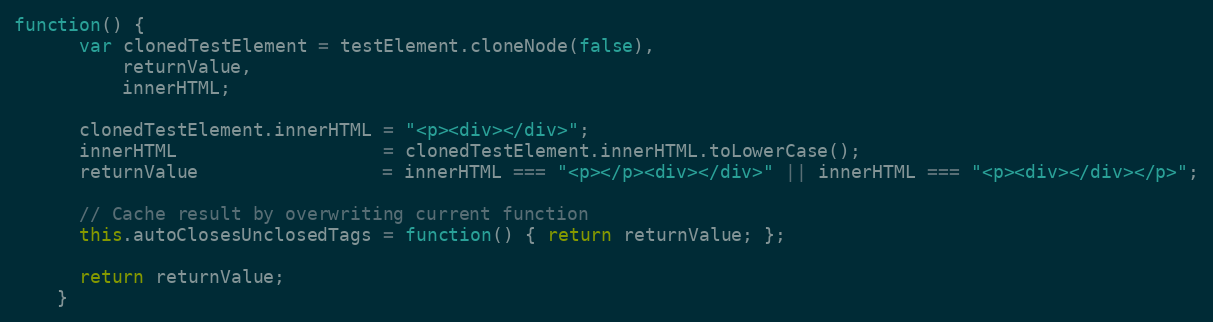
Language: JavaScript
function() {
      var clonedTestElement = testElement.cloneNode(false),
          returnValue,
          innerHTML;

      clonedTestElement.innerHTML = "<p><div></div>";
      innerHTML                   = clonedTestElement.innerHTML.toLowerCase();
      returnValue                 = innerHTML === "<p></p><div></div>" || innerHTML === "<p><div></div></p>";

      // Cache result by overwriting current function
      this.autoClosesUnclosedTags = function() { return returnValue; };

      return returnValue;
    }